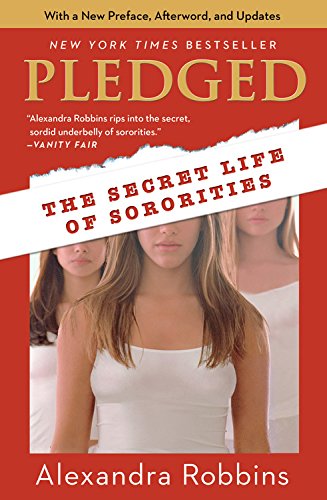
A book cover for Pledged: The Secret Life of Sororities; Alexandra Robbins; Education & Teaching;